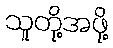
သူတို့အဖို့